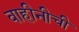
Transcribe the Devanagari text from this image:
वाहीनीची